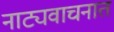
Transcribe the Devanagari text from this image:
नाट्यवाचनात